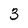
Character: 3